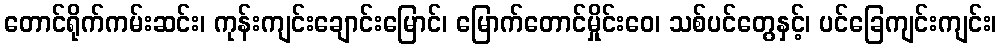
တောင်ရိုက်ကမ်းဆင်း၊ ကုန်းကျင်းချောင်းမြောင်၊ မြောက်တောင်မှိုင်းဝေ၊ သစ်ပင်တွေနှင့်၊ ပင်ခြေကျင်းကျင်း၊